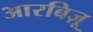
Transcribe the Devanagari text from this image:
आरबिज़ू